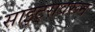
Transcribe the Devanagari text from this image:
साइट्सवरून